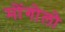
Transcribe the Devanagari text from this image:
मोंगोलो